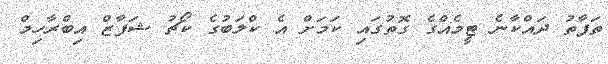
ތަފާތު ދައްކާނެ ޓީމެއްގެ ގޮތުގައި ކަމަށް އެ ކްލަބުގެ ކޯޗު ޝަފާޒް އިބްރާހިމް